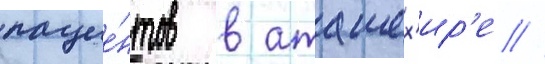
пацие́нтов в аташех'ир'е //